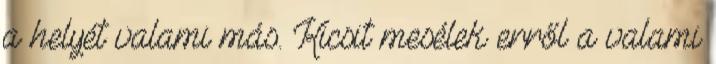
a helyét valami más. Kicsit mesélek erről a valami